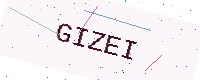
Text: GIZEI